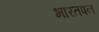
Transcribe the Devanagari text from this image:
भारतपन